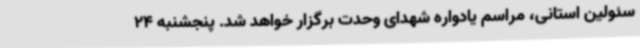
سئولین استانی، مراسم یادواره شهدای وحدت برگزار خواهد شد. پنجشنبه 24